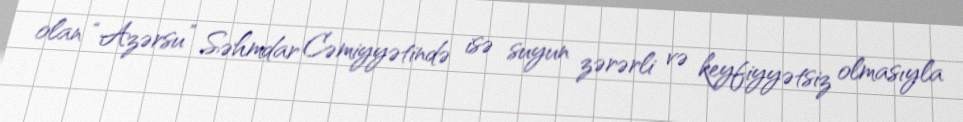
olan “Azərsu” Səhmdar Cəmiyyətində isə suyun zərərli və keyfiyyətsiz olmasıyla